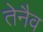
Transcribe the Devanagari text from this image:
तेनैव